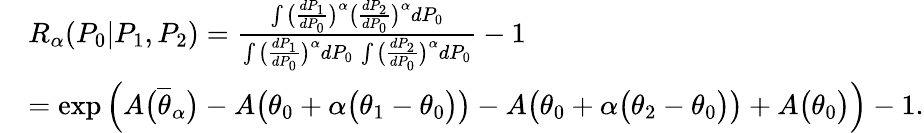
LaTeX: \begin{array}{rl}&{{R_{\alpha}}(P_{0}|P_{1},P_{2})=\frac{\int\big(\frac{dP_{1}}{dP_{0}}\big)^{\alpha}\big(\frac{dP_{2}}{dP_{0}}\big)^{\alpha}dP_{0}}{\int\big(\frac{dP_{1}}{dP_{0}}\big)^{\alpha}dP_{0}\, \int\big(\frac{dP_{2}}{dP_{0}}\big)^{\alpha}dP_{0}}-1}\\ &{=\exp\Big(A\big(\overline{\theta}_{\alpha}\big)-A\big(\theta_{0}+\alpha\big(\theta_{1}-\theta_{0}\big)\big)-A\big(\theta_{0}+\alpha\big(\theta_{2}-\theta_{0}\big)\big)+A\big(\theta_{0}\big)\Big)-1.}\end{array}